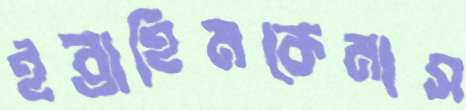
ইব্রাহিমকেমাস